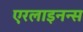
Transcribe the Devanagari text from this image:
एरलाइनन्स